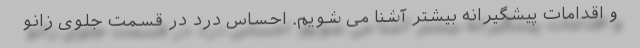
و اقدامات پیشگیرانه بیشتر آشنا می شویم. احساس درد در قسمت جلوی زانو